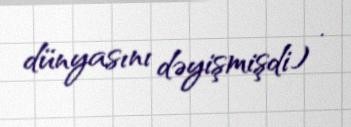
dünyasını dəyişmişdi) .